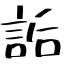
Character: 詬